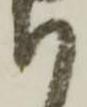
も